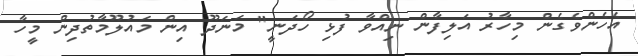
އެހެންވެގެން މިހާރު އަލިފާން ނިއްވާ ފުޅި ހޯދަނީ" މަނަދޫ އިން މައުލޫމާތުދިން މީހާ